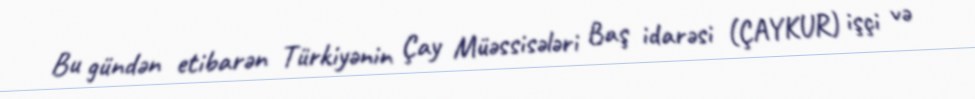
Bu gündən etibarən Türkiyənin Çay Müəssisələri Baş idarəsi (ÇAYKUR) işçi və